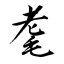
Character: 耄